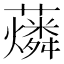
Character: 𧃮